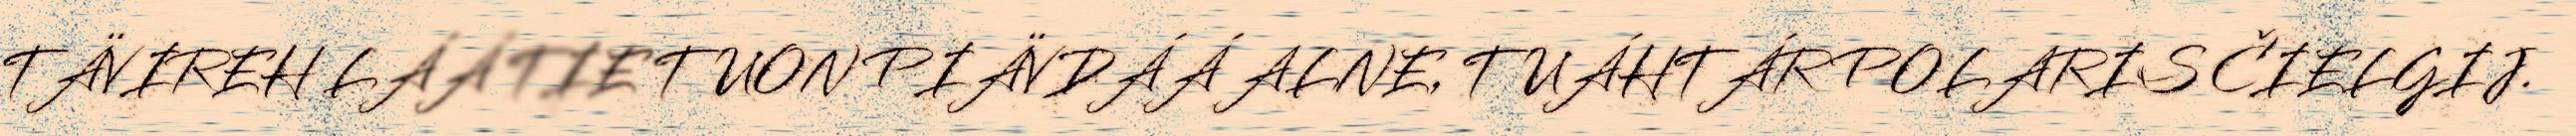
TÄVIREH LÁÁ TIE TUON PIÄVDÁÁ ALNE, TUÁHTÁR POLARIS ČIELGIJ.